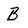
Character: B